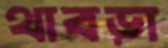
থাবড়া